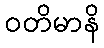
ဝတိမာနိ